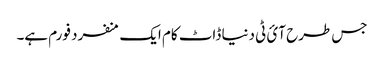
جس طرح آئ ٹی دنیا ڈاٹ کام ایک منفرد فورم ہے۔